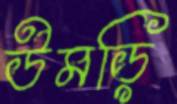
উমড়ি